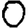
Digit: 0